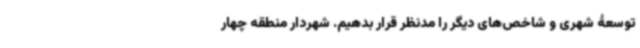
توسعۀ شهری و شاخص‌های دیگر را مدنظر قرار بدهیم. شهردار منطقه چهار